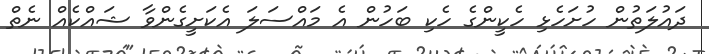
ދައުލަތުން ހުށަހެޅި ހެކީންގެ ހެކި ބަހުން އެ މައްސަލަ އެކަށީގެންވާ ޝައްކެއް ނެތް